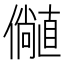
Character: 𫤁